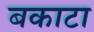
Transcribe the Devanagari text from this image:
बकाटा